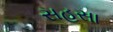
સહસા